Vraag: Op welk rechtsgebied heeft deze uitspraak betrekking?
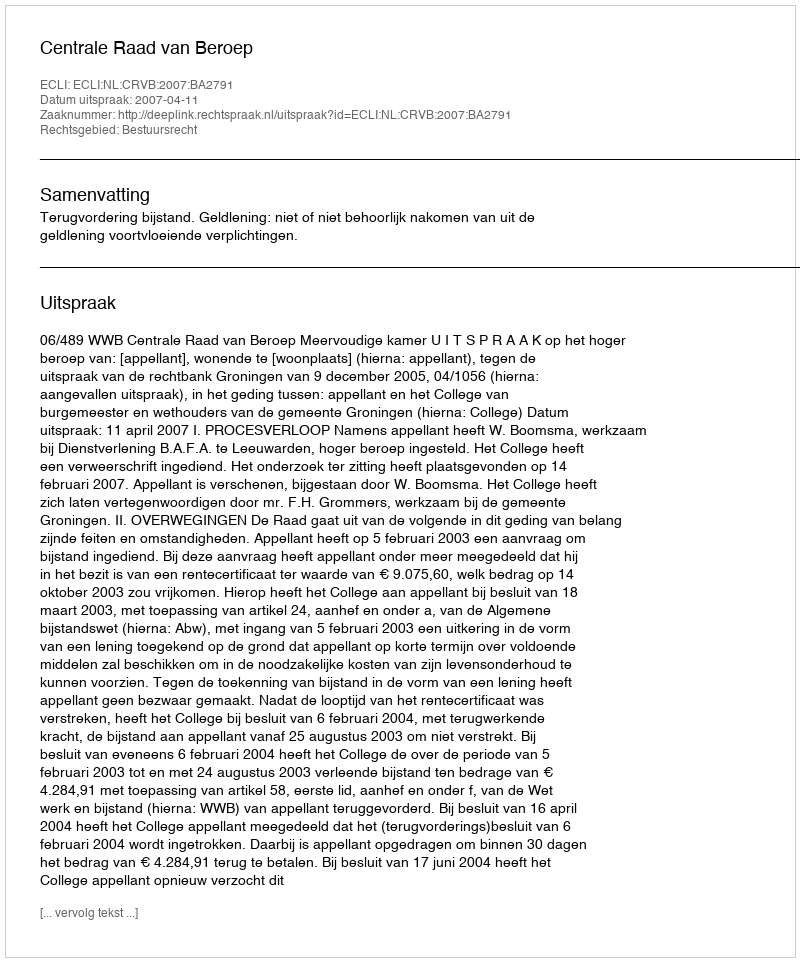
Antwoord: Bestuursrecht